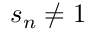
s _ { n } \neq 1